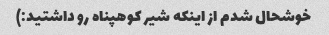
خوشحال شدم از اینکه شیر کوهپناه رو داشتید:)